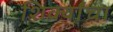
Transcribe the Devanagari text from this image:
शिर्क्यांचा